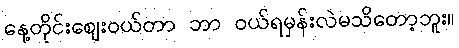
နေ့တိုင်းဈေးဝယ်တာ ဘာ ဝယ်ရမှန်းလဲမသိတော့ဘူး။